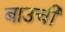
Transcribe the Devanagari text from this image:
बाउची